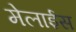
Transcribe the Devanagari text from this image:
मेलाईस